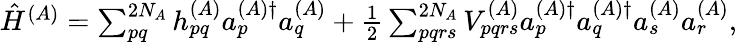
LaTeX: \begin{array}{r}{\hat{H}^{(A)}=\sum_{pq}^{2N_{A}}h_{pq}^{(A)}a_{p}^{(A)\dagger}a_{q}^{(A)}+\frac{1}{2}\sum_{pqrs}^{2N_{A}}V_{pqrs}^{(A)}a_{p}^{(A)\dagger}a_{q}^{(A)\dagger}a_{s}^{(A)}a_{r}^{(A)},}\end{array}